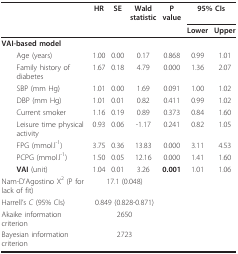
<table><thead><tr><td></td><td><b>HR</b></td><td><b>SE</b></td><td><b>Waldstatistic</b></td><td><b>P value</b></td><td colspan="2"><b>95% CIs</b></td></tr><tr><td></td><td></td><td></td><td></td><td></td><td><b>Lower</b></td><td><b>Upper</b></td></tr></thead><tbody><tr><td><b>VAI-based model</b></td><td></td><td></td><td></td><td></td><td></td><td></td></tr><tr><td> Age (years)</td><td>1.00</td><td>0.00</td><td>0.17</td><td>0.868</td><td>0.99</td><td>1.01</td></tr><tr><td> Family history of diabetes</td><td>1.67</td><td>0.18</td><td>4.79</td><td>0.000</td><td>1.36</td><td>2.07</td></tr><tr><td> SBP (mm Hg)</td><td>1.01</td><td>0.00</td><td>1.69</td><td>0.091</td><td>1.00</td><td>1.02</td></tr><tr><td> DBP (mm Hg)</td><td>1.01</td><td>0.01</td><td>0.82</td><td>0.411</td><td>0.99</td><td>1.02</td></tr><tr><td> Current smoker</td><td>1.16</td><td>0.19</td><td>0.89</td><td>0.373</td><td>0.84</td><td>1.60</td></tr><tr><td> Leisure time physical activity</td><td>0.93</td><td>0.06</td><td>-1.17</td><td>0.241</td><td>0.82</td><td>1.05</td></tr><tr><td> FPG (mmol.l<sup>-1</sup>)</td><td>3.75</td><td>0.36</td><td>13.83</td><td>0.000</td><td>3.11</td><td>4.53</td></tr><tr><td> PCPG (mmol.l<sup>-1</sup>)</td><td>1.50</td><td>0.05</td><td>12.16</td><td>0.000</td><td>1.41</td><td>1.60</td></tr><tr><td> <b>VAI </b>(unit)</td><td>1.04</td><td>0.01</td><td>3.26</td><td><b>0.001</b></td><td>1.01</td><td>1.06</td></tr><tr><td>Nam-D&#x27;Agostino X<sup>2 </sup>(P for lack of fit)</td><td colspan="3">17.1 (0.048)</td><td></td><td></td><td></td></tr><tr><td>Harrell&#x27;s <i>C </i>(95% CIs)</td><td colspan="3">0.849 (0.828-0.871)</td><td></td><td></td><td></td></tr><tr><td>Akaike information criterion</td><td colspan="3">2650</td><td></td><td></td><td></td></tr><tr><td>Bayesian information criterion</td><td colspan="3">2723</td><td></td><td></td><td></td></tr></tbody></table>